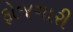
ફોજગારી